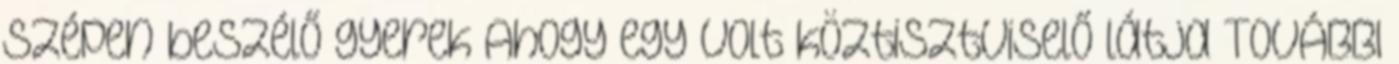
szépen beszélő gyerek Ahogy egy volt köztisztviselő látja TOVÁBBI